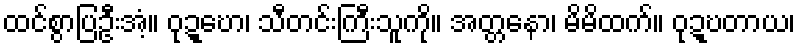
ထင်စွာပြဦးအံ့။ ဝုဍ္ဎော၊ သီတင်းကြီးသူကို။ အတ္တနော၊ မိမိထက်။ ဝုဍ္ဎတာယ၊